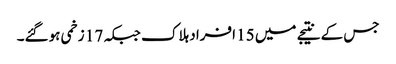
جس کے نتیجے میں 15 افراد ہلاک جبکہ 17 زخمی ہوگئے۔